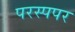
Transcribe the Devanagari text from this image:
परस्पपर